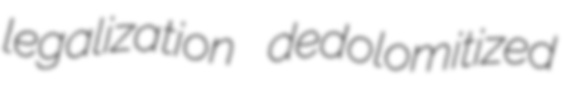
legalization dedolomitized